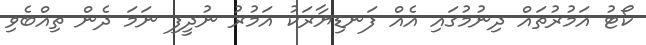
ކޯޓު އަމުރުތައް ދިނުމުގައި އެއް ފަނޑިޔާރަކު އަމުރު ނުދީފި ނަމަ ދެން ތިއްބެވި